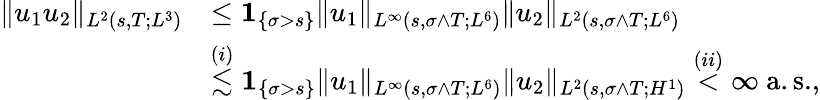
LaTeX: \begin{array}{rl}{\| u_{1}u_{2}\| _{L^{2}(s,T;L^{3})}}&{\leq{{\mathbf 1}}_{\{ \sigma>s\} }\| u_{1}\| _{L^{\infty}(s,\sigma\wedge T;L^{6})}\| u_{2}\| _{L^{2}(s,\sigma\wedge T;L^{6})}}\\ &{\stackrel{(i)}{\lesssim}{{\mathbf 1}}_{\{ \sigma>s\} }\| u_{1}\| _{L^{\infty}(s,\sigma\wedge T;L^{6})}\| u_{2}\| _{L^{2}(s,\sigma\wedge T;H^{1})}\stackrel{(ii)}{<}\infty\ \mathrm{a.s.},}\end{array}